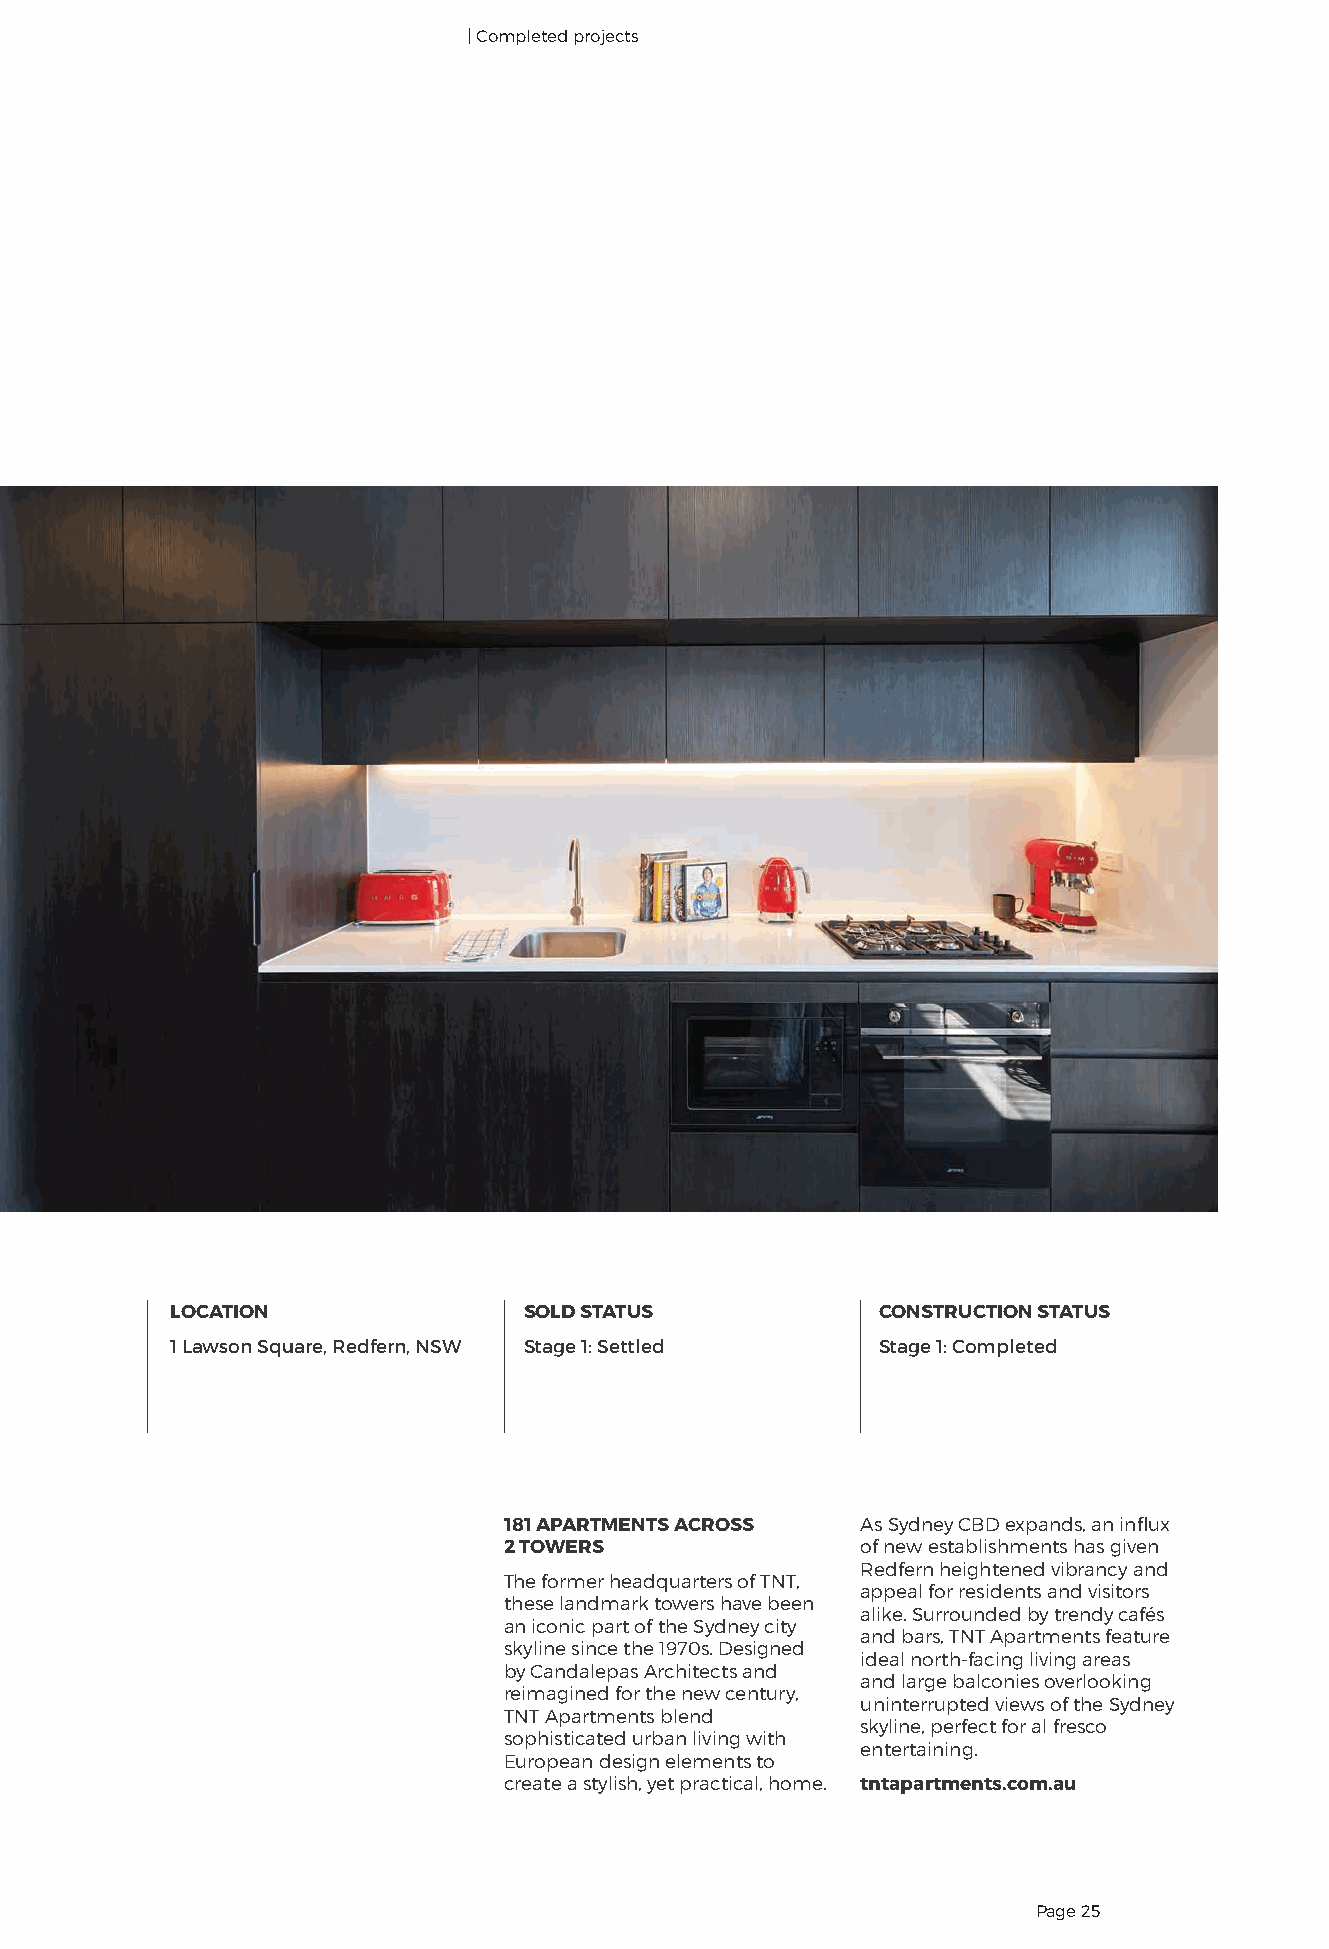
| Completed projects
 LOCATION                SOLD STATUS            CONSTRUCTION STATUS
 1 Lawson Square, Redfern, NSW Stage 1: Settled Stage 1: Completed
 181 APARTMENTS ACROSS   As Sydney CBD expands, an influx
 2 TOWERS                of new establishments has given
 Redfern heightened vibrancy and
 The former headquarters of TNT,
 appeal for residents and visitors
 these landmark towers have been
 alike. Surrounded by trendy cafés
 an iconic part of the Sydney city
 and bars, TNT Apartments feature
 skyline since the 1970s. Designed
 ideal north-facing living areas
 by Candalepas Architects and
 and large balconies overlooking
 reimagined for the new century,
 uninterrupted views of the Sydney
 TNT Apartments blend
 skyline, perfect for al fresco
 sophisticated urban living with
 entertaining.
 European design elements to
 create a stylish, yet practical, home. tntapartments.com.au
 Page 25